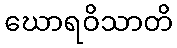
ဃောရဝိသာတိ